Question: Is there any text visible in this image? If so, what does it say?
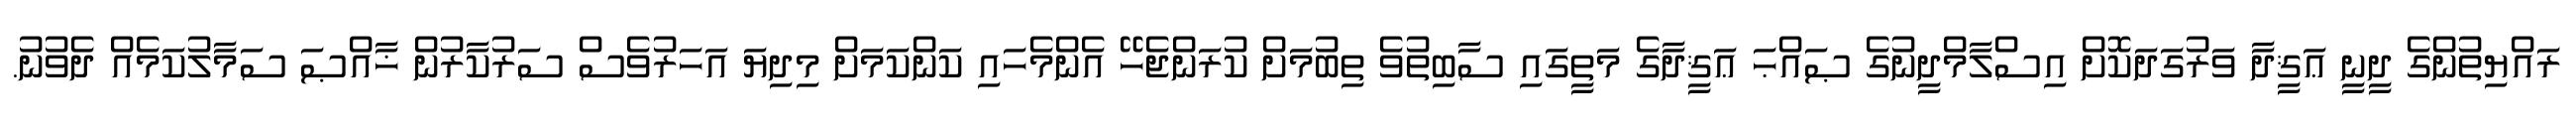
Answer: ރައްޔިތުންގެ ދީނީ ޢަޤީދާ ވަރުގަދަކޮށް އިސްލާމްދީނުގެ ޞައްޙަ ޢަޤީދާގެ މަތީގައި ސާބިތުވެ ތިބުމަށް ކުރަންޖެހޭ އެންމެހައި ކަންކަމަށް މިދިޔަ އަހަރުވެސް ސަރުކާރުން ޚާއްޞަ ސަމާލުކަމެއް ދެވުނު.